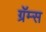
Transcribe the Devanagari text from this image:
ग्रॅम्स